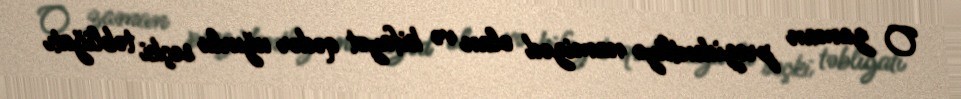
O zaman prezidentliyə namizəd olan və kifayət qədər uğurlu seçki təbliğatı